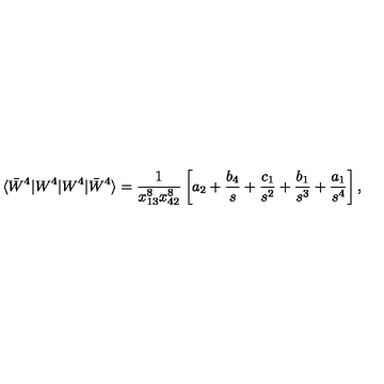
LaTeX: \langle \bar { W } ^ { 4 } | W ^ { 4 } | W ^ { 4 } | \bar { W } ^ { 4 } \rangle = \frac { 1 } { x _ { 1 3 } ^ { 8 } x _ { 4 2 } ^ { 8 } } \left[ a _ { 2 } + \frac { b _ { 4 } } { s } + \frac { c _ { 1 } } { s ^ { 2 } } + \frac { b _ { 1 } } { s ^ { 3 } } + \frac { a _ { 1 } } { s ^ { 4 } } \right] ,